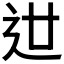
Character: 𨑬